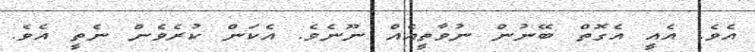
އެވެ. އެއީ އެގޮތް ބޭނުން ނުވާތީއެއް ނޫނެވެ. އެކަން ކުރެވެން ނެތީ އެވެ.